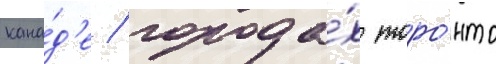
кана́д'е / города́х торо́нто